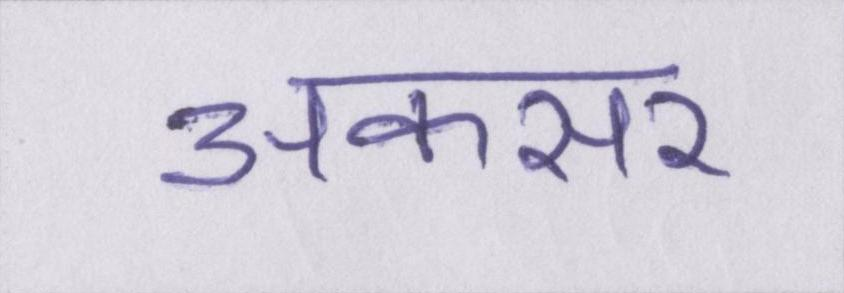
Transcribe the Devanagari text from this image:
अकसर